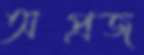
অপ্রজ